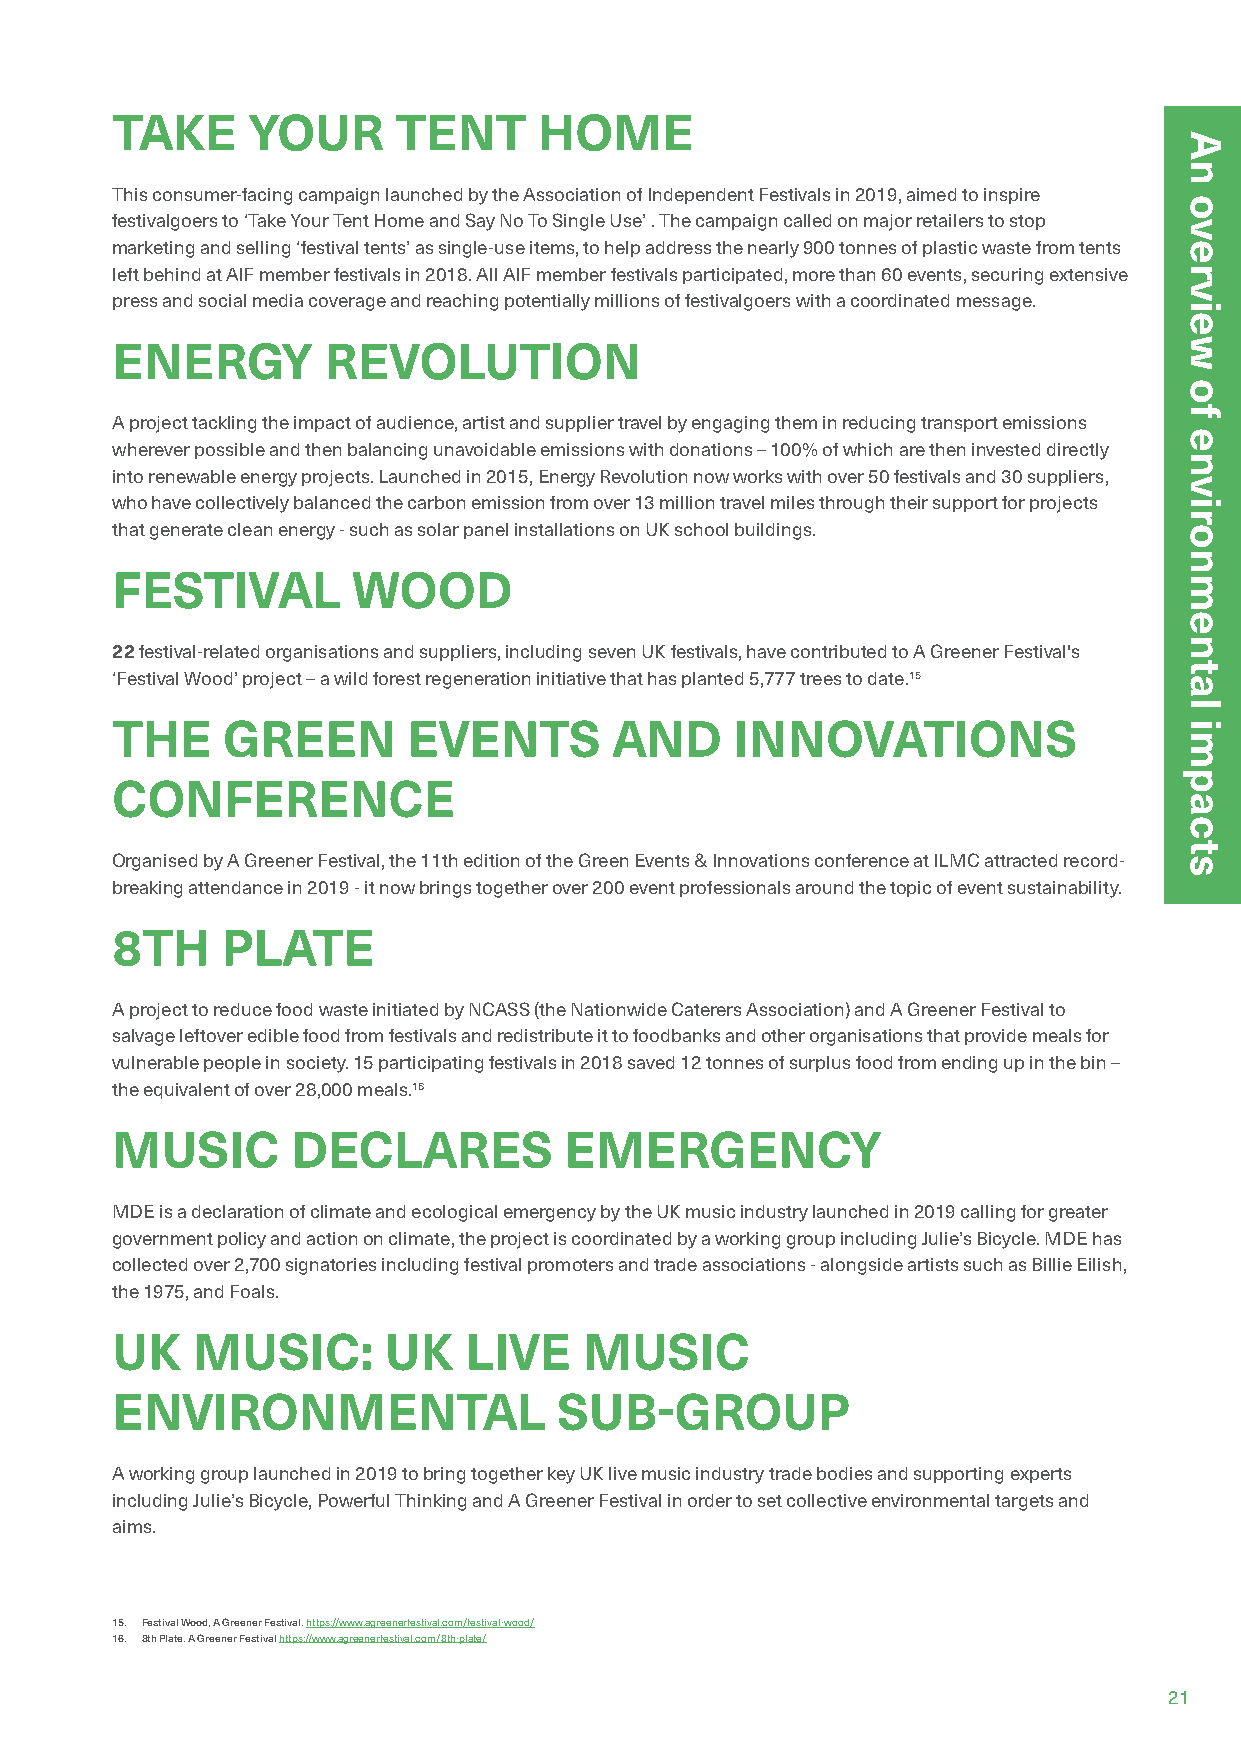
TAKE     YOUR      TENT      HOME
 This consumer-facing campaign launched by the Association of Independent Festivals in 2019, aimed to inspire
 festivalgoers to ‘Take Your Tent Home and Say No To Single Use’ . The campaign called on major retailers to stop
 marketing and selling ‘festival tents’ as single-use items, to help address the nearly 900 tonnes of plastic waste from tents
 left behind at AIF member festivals in 2018. All AIF member festivals participated, more than 60 events, securing extensive
 press and social media coverage and reaching potentially millions of festivalgoers with a coordinated message.
 ENERGY        REVOLUTION
 A project tackling the impact of audience, artist and supplier travel by engaging them in reducing transport emissions
 wherever possible and then balancing unavoidable emissions with donations – 100% of which are then invested directly
 into renewable energy projects. Launched in 2015, Energy Revolution now works with over 50 festivals and 30 suppliers,
 who have collectively balanced the carbon emission from over 13 million travel miles through their support for projects
 that generate clean energy - such as solar panel installations on UK school buildings.
 FESTIVAL        WOOD
 22 festival-related organisations and suppliers, including seven UK festivals, have contributed to A Greener Festival's
 ‘Festival Wood’ project – a wild forest regeneration initiative that has planted 5,777 trees to date.15
 THE     GREEN       EVENTS       AND     INNOVATIONS
 CONFERENCE
 Organised by A Greener Festival, the 11th edition of the Green Events & Innovations conference at ILMC attracted record-
 breaking attendance in 2019 - it now brings together over 200 event professionals around the topic of event sustainability.
 8TH     PLATE
 A project to reduce food waste initiated by NCASS (the Nationwide Caterers Association) and A Greener Festival to
 salvage leftover edible food from festivals and redistribute it to foodbanks and other organisations that provide meals for
 vulnerable people in society. 15 participating festivals in 2018 saved 12 tonnes of surplus food from ending up in the bin –
 the equivalent of over 28,000 meals.16
 MUSIC       DECLARES          EMERGENCY
 MDE is a declaration of climate and ecological emergency by the UK music industry launched in 2019 calling for greater
 government policy and action on climate, the project is coordinated by a working group including Julie’s Bicycle. MDE has
 collected over 2,700 signatories including festival promoters and trade associations - alongside artists such as Billie Eilish,
 the 1975, and Foals.
 UK    MUSIC:      UK    LIVE    MUSIC
 ENVIRONMENTAL                 SUB-GROUP
 A working group launched in 2019 to bring together key UK live music industry trade bodies and supporting experts
 including Julie’s Bicycle, Powerful Thinking and A Greener Festival in order to set collective environmental targets and
 aims.
 15. Festival Wood, A Greener Festival. https://www.agreenerfestival.com/festival-wood/
 16. 8th Plate. A Greener Festival https://www.agreenerfestival.com/8th-plate/
 21
 An
 overview
 of
 environmental
 impacts
 An
 overview
 of
 environmental
 impacts